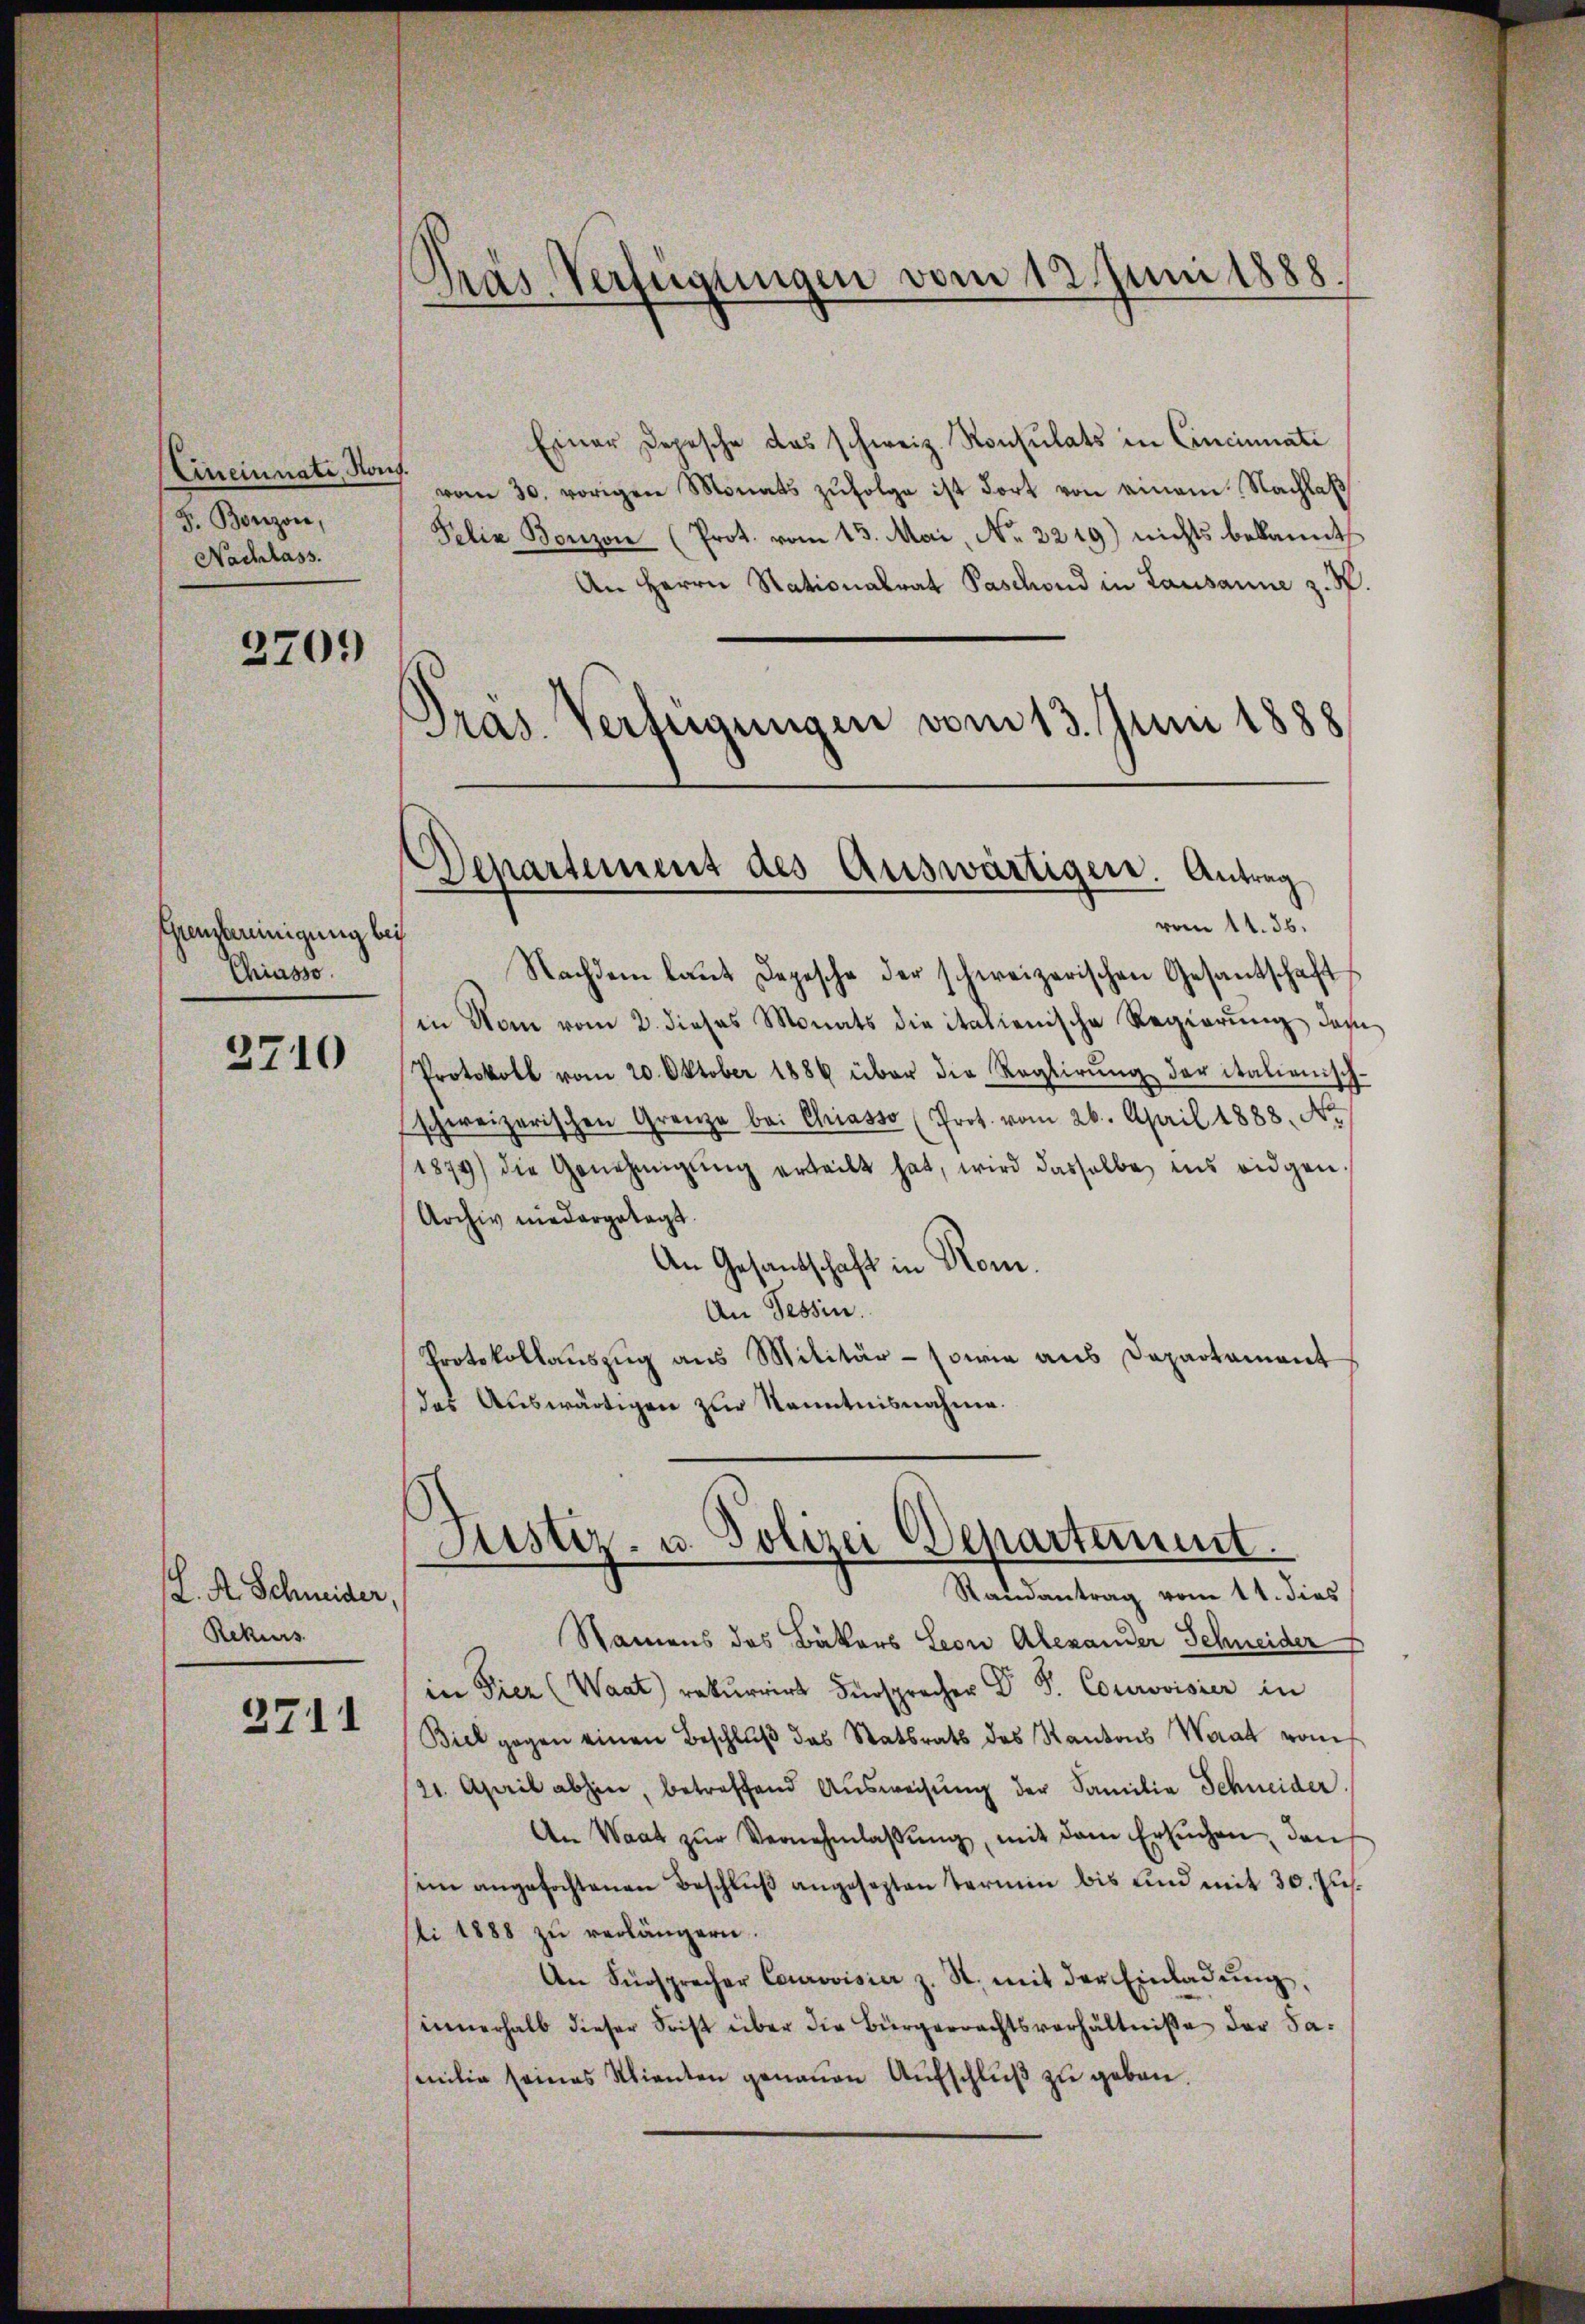
Cineinnati, Nah
F. Bonzon,
Nachlass.

2709)

Genzleinigung bei
Chiasso.

3710

H. A. Schneider,
Rekurs

3711

Pras Verfügungen vom 12. Juni 1888.

Departement des Auswärtigen. Antrag
vom 11. 36.

Einer Depesche das schweiz. Konsulats in Cincinati
vom 30. vorigen Monats zŭfolge ist fort von einem Nachlaß
Felix Bonzon (Prot. vom 13. Mai, No. 2219) nichts bekannt
An Herrn Nationalrat Paschond in Lausanne z. R.
Präs. Verfügungen vom 13. Juni 1888

Nachdem laŭt Depesche der schweizerischen Gesantschaft
in Man vom 2. dieses Monats die italienische Regierŭng des
Protokoll vom 20. Oktober 1884 über die Reglirŭng der italienisch-
schweizerischen Grenze bei Chiasso (Prot. vom 26. April 1888. N.
1879) die Genehmigŭng erteilt hat, wird dasselbe ins eidgen
Archiv niedergetagt.
An Gesandschaft in Rom.
An Tessin.
Protokollauszug aus Militär - sowie aus Departament
das Auswärtigen zur Kenntnisnahme.

Namens des Bäkers Leon Alexander Schneider
in Tier (Waat) rekurrirt Fürsprecher Dr. S. Courovisier in
Biel gegen einen Beschluß das Statsrats des Kantons Waat vom
21. April abhin, betreffend Aŭsweisŭng der Familie Schneider.
An Waat zŭr Vernehmlassŭng, mit dem Ersŭchen, den
im angefochtenen Beschluß angesezten Termin bis und mit 30. Jus
sli 1888 zŭ verlängern.
An Fürsprecher Courovisier z. S. mit der Einladŭng,
innerhalb dieser Frist über die Bürgerrechtsverhältnisse der Samilie seines Kienten genauen Aufschluß zu geben.

Justiz- u. Polizei Departement.
Randantrag vom 11. dies